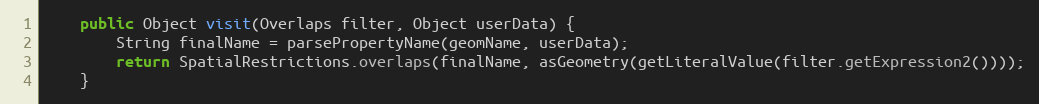
Language: Java
	public Object visit(Overlaps filter, Object userData) {
		String finalName = parsePropertyName(geomName, userData);
		return SpatialRestrictions.overlaps(finalName, asGeometry(getLiteralValue(filter.getExpression2())));
	}